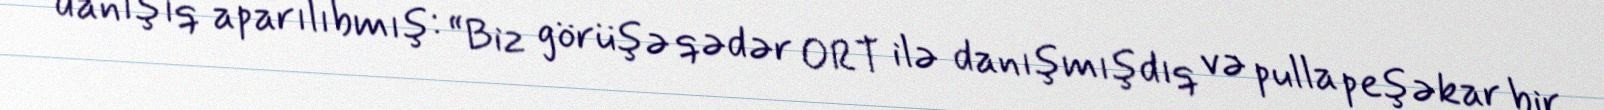
danışıq aparılıbmış: “Biz görüşə qədər ORT ilə danışmışdıq və pulla peşəkar bir